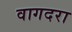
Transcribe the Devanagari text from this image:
वागदरा